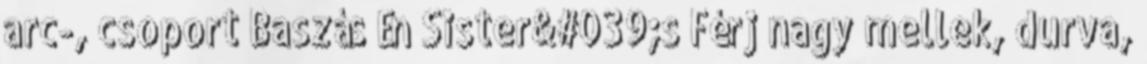
arc-, csoport Baszás Én Sister&#039;s Férj nagy mellek, durva,